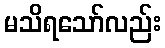
မသိရသော်လည်း